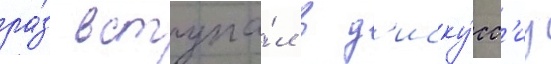
ра́з вступа́л в д'иску́сс'иу